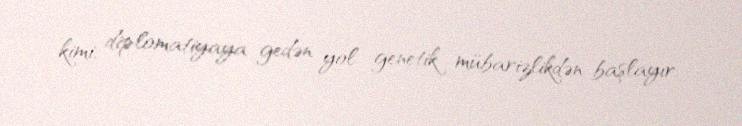
kimi, diplomatiyaya gedən yol genetik mübarizlikdən başlayır.